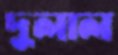
দুলাল